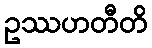
ဥဿဟတီတိ